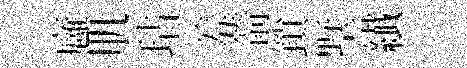
廱肌玷羞箭鎖墅纎